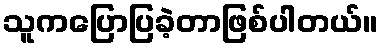
သူကပြောပြခဲ့တာဖြစ်ပါတယ်။